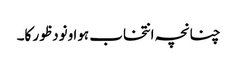
چنانچہ انتخاب ہوا ونود ظور کا۔